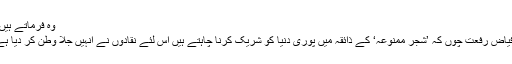
وہ فرماتے ہیں :
’’فیاض رفعت چوں کہ ’شجر ممنوعہ‘ کے ذائقہ میں پوری دنیا کو شریک کرنا چاہتے ہیں اس لئے نقادوں نے انہیں جلا وطن کر دیا ہے۔